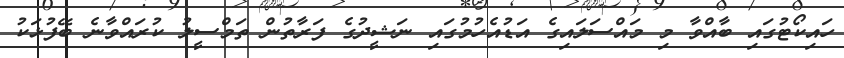
ހައިކޯޓުގައި ބާއްވާ މި މައްސަލައިގެ އަޑުއެހުމުގައި ނަޝީދުގެ ފަރާތުން ތަމްސީލު ކުރައްވާނެ ބޭފުޅަކު